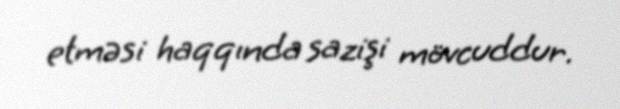
etməsi haqqında sazişi mövcuddur.